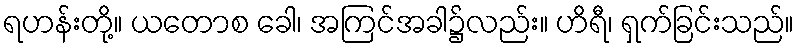
ရဟန်းတို့။ ယတောစ ခေါ၊ အကြင်အခါ၌လည်း။ ဟိရီ၊ ရှက်ခြင်းသည်။